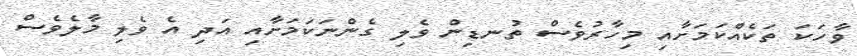
ވާހަކަ ތަކެއްކަމަށާއި މިހާރުވެސް ތުނޑިން ވެލި ގެންނަކަމަށާއި އަދި އެ ވެލި މާލެވެސް